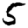
Digit: 5